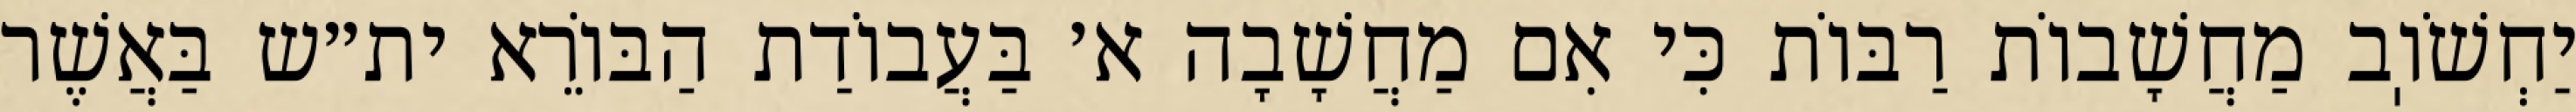
יַחְשֹׁוֽב מַחֲשָׁבוֹת רַבּוֹת כִּי אִם מַחֲשָׁבָה א׳ בַּעֲבוֹדַת הַבּוֹרֵא ית״ש בַּאֲשֶׁר